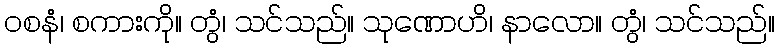
ဝစနံ၊ စကားကို။ တွံ၊ သင်သည်။ သုဏောဟိ၊ နာလော။ တွံ၊ သင်သည်။